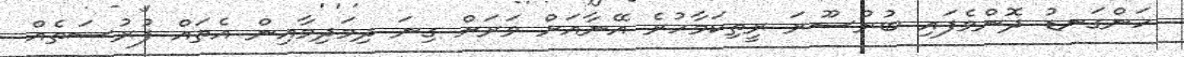
ހަންގަނޑު ދޮންވެފައި ބުރުސޫރަ ރީތިކަމާހުރެ އޭނާއަށް ވަރަށް ގިނަ ދިމަދިމާއިން އެތައް ފުރުސަތެއް